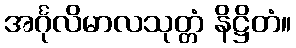
အင်္ဂုလိမာလသုတ္တံ နိဋ္ဌိတံ။